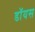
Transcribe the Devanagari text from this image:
डॉयस